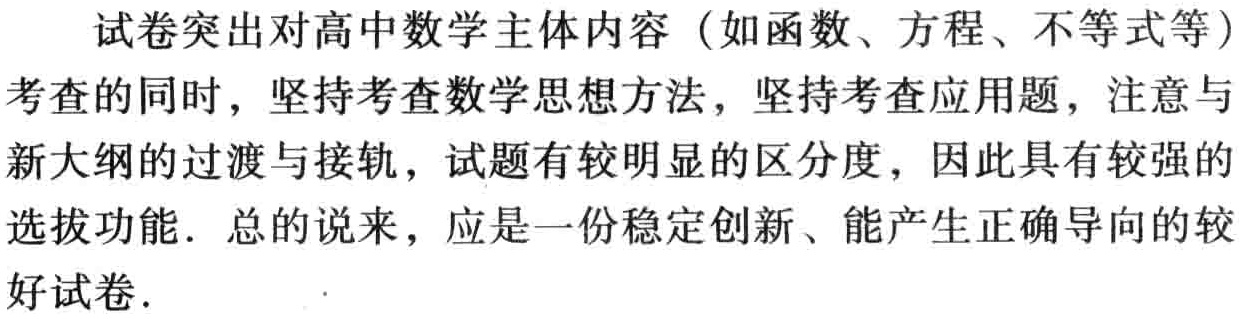
试卷突出对高中数学主体内容（如函数、方程、不等式等）考查的同时，坚持考查数学思想方法，坚持考查应用题，注意与新大纲的过渡与接轨，试题有较明显的区分度，因此具有较强的选拔功能. 总的说来，应是一份稳定创新、能产生正确导向的较好试卷.